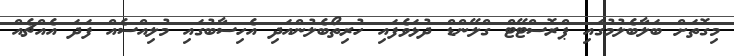
މިގޮތަށް ބަލާބެލުމުގައި ޕްރޮސްޓޭޓް ގްލޭންޑް ދުޅަވެފައި ހުރިތޯބެލުންއަދި އެހިސާބުގައި މުލިއްސެއް ފަދަ އެއްޗެއް